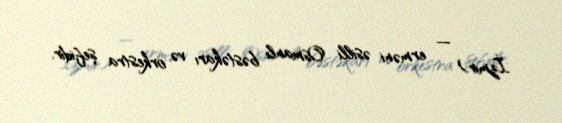
İzmir) — erməni əsilli Osmanlı bəstəkarı və orkestra şefidir.